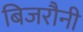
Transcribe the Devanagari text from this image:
बिजरौनी